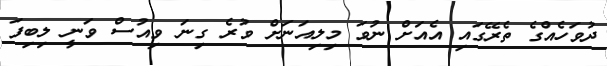
ދުވަހެއްގެ ތެރޭގައި އެއަށް ނުވަ މިލިއަނަށް ވުރެ ގިނަ ވިއުސް ވަނީ ލިބިފަ